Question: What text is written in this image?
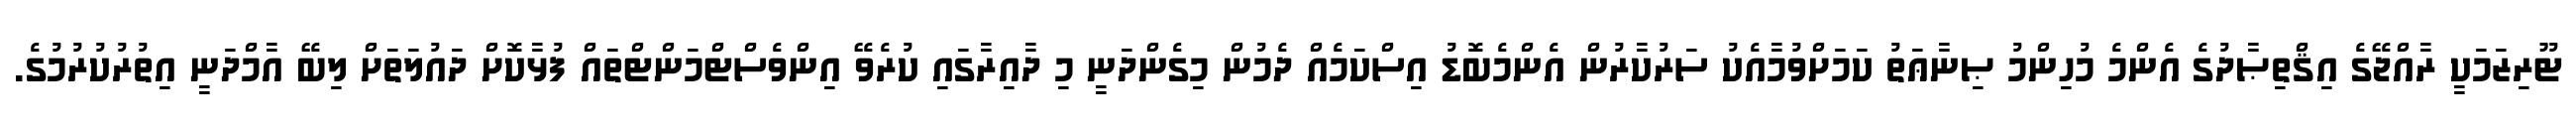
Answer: ޓޫރިޒަމަކީ ރާއްޖޭގެ އިޤްތިޞާދުގެ އެންމެ މުހިންމު ޞިނާޢަތު ކަމަށްވުމާއެކު ސަރުކާރުން އެންމެބޮޑު އިސްކަމެއް ދެމުން މިގެންދަނީ މި ދާއިރާގައި ކުރެވޭ އިންވެސްޓްމަންޓްތައް ފުޅާކޮށް ދައުލަތަށް ލިބޭ އާމްދަނީ އިތުރުކުރުމުގެ.